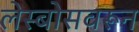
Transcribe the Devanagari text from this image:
लेस्बोसवरून